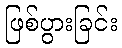
ဖြစ်ပွားခြင်း